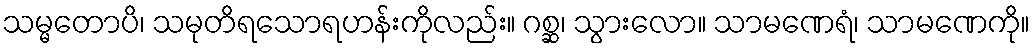
သမ္မတောပိ၊ သမုတိရသောရဟန်းကိုလည်း။ ဂစ္ဆ၊ သွားလော။ သာမဏေရံ၊ သာမဏေကို။